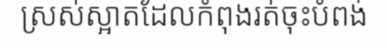
ស្រស់ស្អាតដែលកំពុងរត់ចុះបំពង់